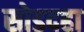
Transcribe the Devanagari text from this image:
सोडदहा